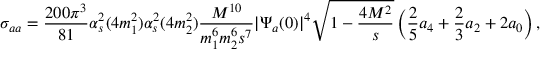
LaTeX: \sigma _ { a a } = \frac { 2 0 0 \pi ^ { 3 } } { 8 1 } \alpha _ { s } ^ { 2 } ( 4 m _ { 1 } ^ { 2 } ) \alpha _ { s } ^ { 2 } ( 4 m _ { 2 } ^ { 2 } ) \frac { M ^ { 1 0 } } { m _ { 1 } ^ { 6 } m _ { 2 } ^ { 6 } s ^ { 7 } } | \Psi _ { a } ( 0 ) | ^ { 4 } \sqrt { 1 - \frac { 4 M ^ { 2 } } { s } } \left( \frac { 2 } { 5 } a _ { 4 } + \frac { 2 } { 3 } a _ { 2 } + 2 a _ { 0 } \right) ,